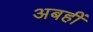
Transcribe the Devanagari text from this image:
अबहीं